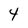
Character: 4